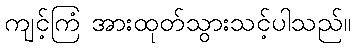
ကျင့်ကြံ အားထုတ်သွားသင့်ပါသည်။